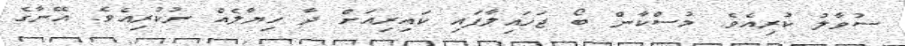
ސުވާލު ކުރިއެވެ. މުސްކާން ބޯ ޖަހައިލާފައި ކައިރިއަށް ދާ ހިޔާލެއް ނުކުރިއެވެ. އޭނާގެ